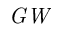
\mathit { G W }